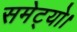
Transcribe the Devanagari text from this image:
समेट्यो।